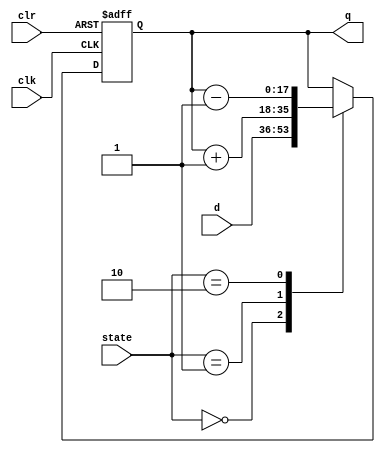
module counter(
	input clr,clk,
	input[1:0] state,
	input[17:0] d,
 	output reg[17:0] q
);
	always @(posedge clk, posedge clr) 
	begin
	  if(clr) 
	  	q <= 18'h00000;
	  else
	    case(state)
		2'b00: q<=d;
		2'b01: q<=q+1;
		2'b10: q<=q-1;
	    endcase
	end
endmodule